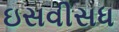
ઇસવીસધ